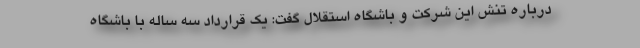
درباره تنش این شرکت و باشگاه استقلال گفت: یک قرارداد سه ساله با باشگاه